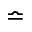
\bumpeq